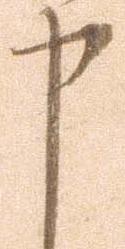
申